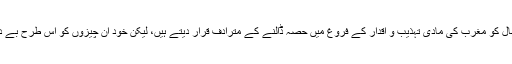
یہ موبائل فون اور انٹرنیٹ وغیرہ کو اہلِ اسلام کے لیے زہر قاتل بتاتے اور ان کے استعمال کو مغرب کی مادّی تہذیب و اقدار کے فروغ میں حصہ ڈالنے کے مترادف قرار دیتے ہیں، لیکن خود ان چیزوں کو اس طرح بے دریغ استعمال کرتے ہیں، جیسے انہیں اس معاملے میں کوئی خصوصی استثنا حاصل ہے۔